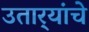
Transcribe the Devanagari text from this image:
उतार्‍यांचे